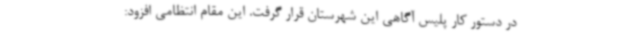
در دستور کار پلیس آگاهی این شهرستان قرار گرفت. این مقام انتظامی افزود: